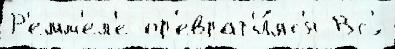
Р'емм'ел'е пр'еврат'и́лс'я Вс'́